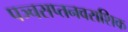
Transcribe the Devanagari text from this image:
पञ्चसप्तनवराशिक